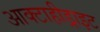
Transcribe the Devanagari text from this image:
आक्टाहीड्राइट